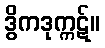
ဒွိကဒုက္ကဋ်။